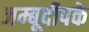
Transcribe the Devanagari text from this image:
जम्बूदीपके